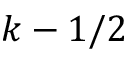
k - 1 / 2